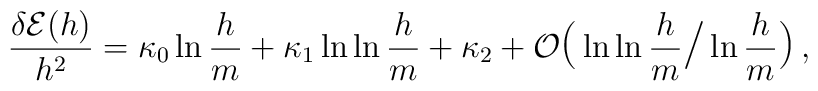
{\delta {\cal E}(h) \over h^2}= \kappa_0\ln{h\over m}+\kappa_1\ln\ln{h\over m}+\kappa_2+  {\cal O} {\hbox{\Large (}} \ln \ln {h \over m} {\hbox{\Large /}}\ln {h \over m} {\hbox{\Large )}} \, ,